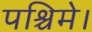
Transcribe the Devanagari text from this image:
पश्चिमे।